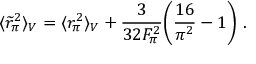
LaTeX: \langle \widetilde { r } _ { \pi } ^ { 2 } \rangle _ { V } = \langle r _ { \pi } ^ { 2 } \rangle _ { V } + { \frac { 3 } { 3 2 F _ { \pi } ^ { 2 } } } \biggl ( { \frac { 1 6 } { \pi ^ { 2 } } } - 1 \biggr ) ~ .